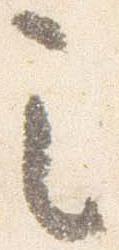
之